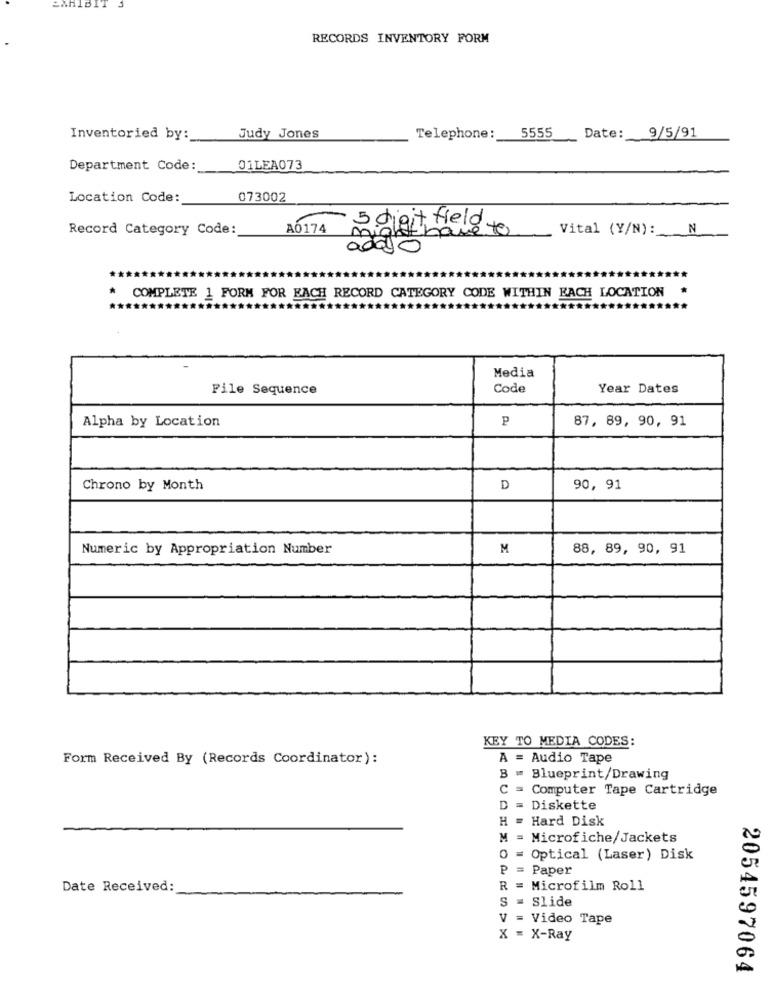
PARIBIT
RECORDS INVENTORY FORM
5555
Inventoried by:
Judy Jones
Telephone:
Date:
9/5/91
Department Code:
01LEA073
Location Code:
073002
Record Category Code:
A0174
Vital (Y/N): N
addo
988
*
COMPLETE 1 FORM FOR EACH RECORD CATEGORY CODE WITHIN EACH LOCATION
Media
File Sequence
Code
Year Dates
Alpha by Location
P
87, 89, 90, 91
Chrono by Month
D
90, 91
Numeric by Appropriation Number
M
88, 89, 90, 91
KEY TO MEDIA CODES:
Form Received By (Records Coordinator):
A = Audio Tape
Blueprint/Drawing
Computer Tape Cartridge
D =
Diskette
H = Hard Disk
M
Microfiche/Jackets
0 = Optical (Laser) Disk
P =
Paper
Date Received:
R
Microfilm Roll
S = Slide
V = Video Tape
X = X-Ray
2054597064